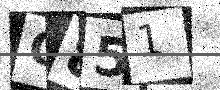
Text: C851